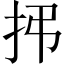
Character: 𫼛